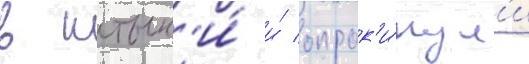
в штык'и́ и́ опрок'и́нул'и